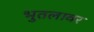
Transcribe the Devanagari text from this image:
भुतलावर